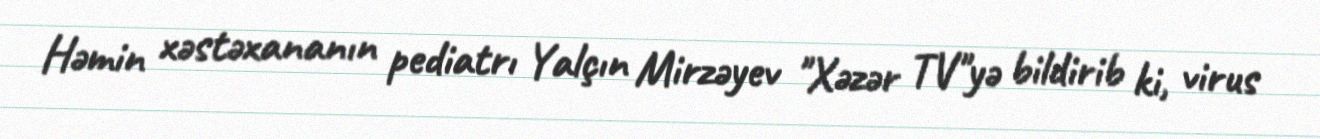
Həmin xəstəxananın pediatrı Yalçın Mirzəyev "Xəzər TV"yə bildirib ki, virus